Leprosy in India: report of the Leprosy Commission in India, 1890-91
Year: 1890
Disease focus: Leprosy
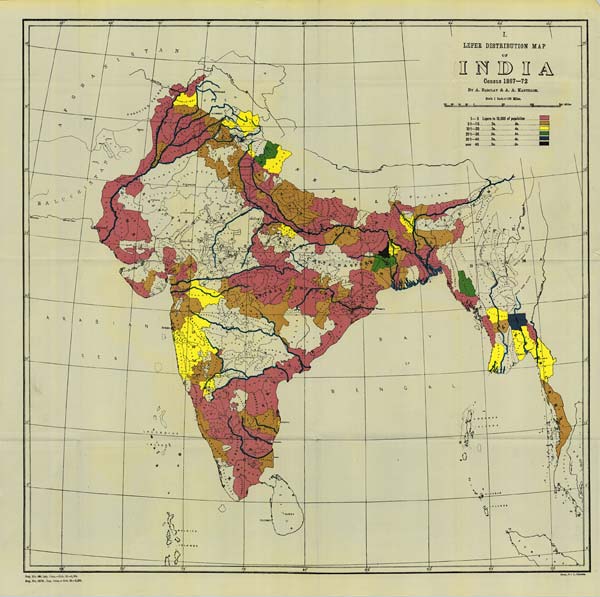
Reg. No. 498, Lep. Com.—Feb. 92.—1,004.
Reg. No. 420 R., Lep. Com.— Oct: 92.—1,306.
Photo., S. I. O., Calcutta.